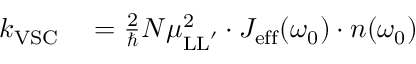
\begin{array} { r l } { k _ { \mathrm { V S C } } } & { { } = \frac { 2 } { \hbar } N \mu _ { \mathrm { L L } ^ { \prime } } ^ { 2 } \cdot J _ { \mathrm { e f f } } ( \omega _ { 0 } ) \cdot n ( \omega _ { 0 } ) } \end{array}